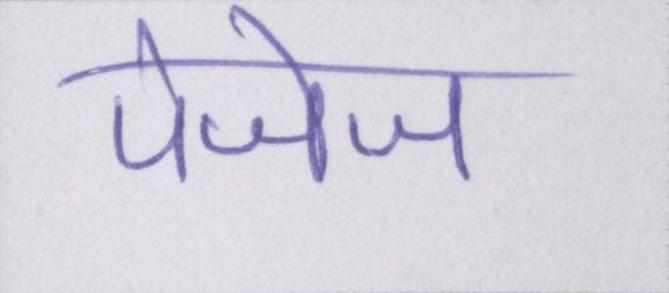
पेजेज